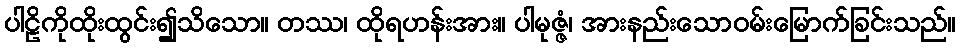
ပါဠိကိုထိုးထွင်း၍သိသော။ တဿ၊ ထိုရဟန်းအား။ ပါမုဇ္ဇံ၊ အားနည်းသောဝမ်းမြောက်ခြင်းသည်။